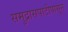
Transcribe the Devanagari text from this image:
समुद्रासपाटीपासून